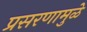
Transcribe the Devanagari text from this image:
प्रसरणामुळे